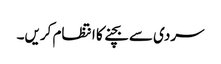
سردی سے بچنے کا انتظام کریں۔